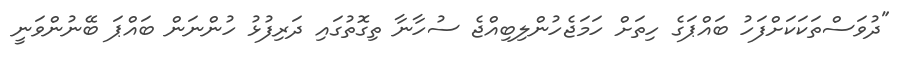
"ދުވަސްތަކަކަށްފަހު ބައްޕަގެ ހިތަށް ހަމަޖެހުންލިބިއްޖެ ސުހާނާ ތިގޮތުގައި ދަރިފުޅު ހުންނަން ބައްޕަ ބޭނުންވަނީ